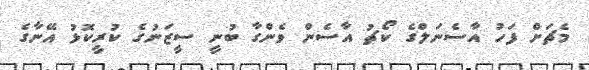
މެޗަށް ފަހު އާސެނަލްގެ ކޯޗު އާސެން ވެންގާ ބުނީ ސީޒަނުގެ ކުރީކޮޅު އޭނާގެ